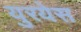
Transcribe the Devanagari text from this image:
युरयेस